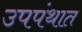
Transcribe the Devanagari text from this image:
उपपंथात